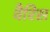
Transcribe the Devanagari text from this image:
वैरिस